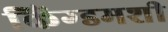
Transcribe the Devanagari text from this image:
किंग्डमशी